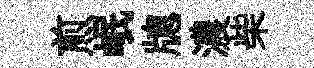
煎岷牕濃柴